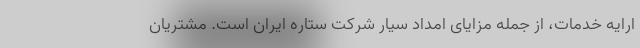
ارایه خدمات، از جمله مزایای امداد سیار شرکت ستاره ایران است. مشتریان